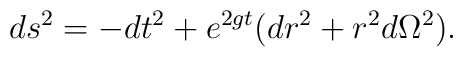
ds^2=-dt^2+e^{2gt}(dr^2+r^2d\Omega^2).